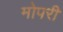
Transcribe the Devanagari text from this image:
मोपरी